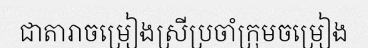
ជាតារាចម្រៀងស្រីប្រចាំក្រុមចម្រៀង